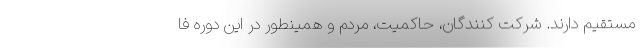
مستقیم دارند. شرکت کنندگان، حاکمیت، مردم و همینطور در این دوره فا